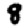
Digit: 8